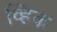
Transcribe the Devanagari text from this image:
व्हिक